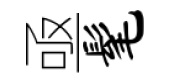
亟髦